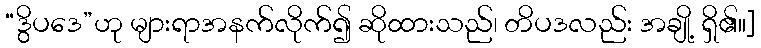
“ဒွိပဒေ”ဟု များရာအနက်လိုက်၍ ဆိုထားသည်၊ တိပဒလည်း အချို့ ရှိ၏။]